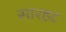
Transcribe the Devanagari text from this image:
सारहट